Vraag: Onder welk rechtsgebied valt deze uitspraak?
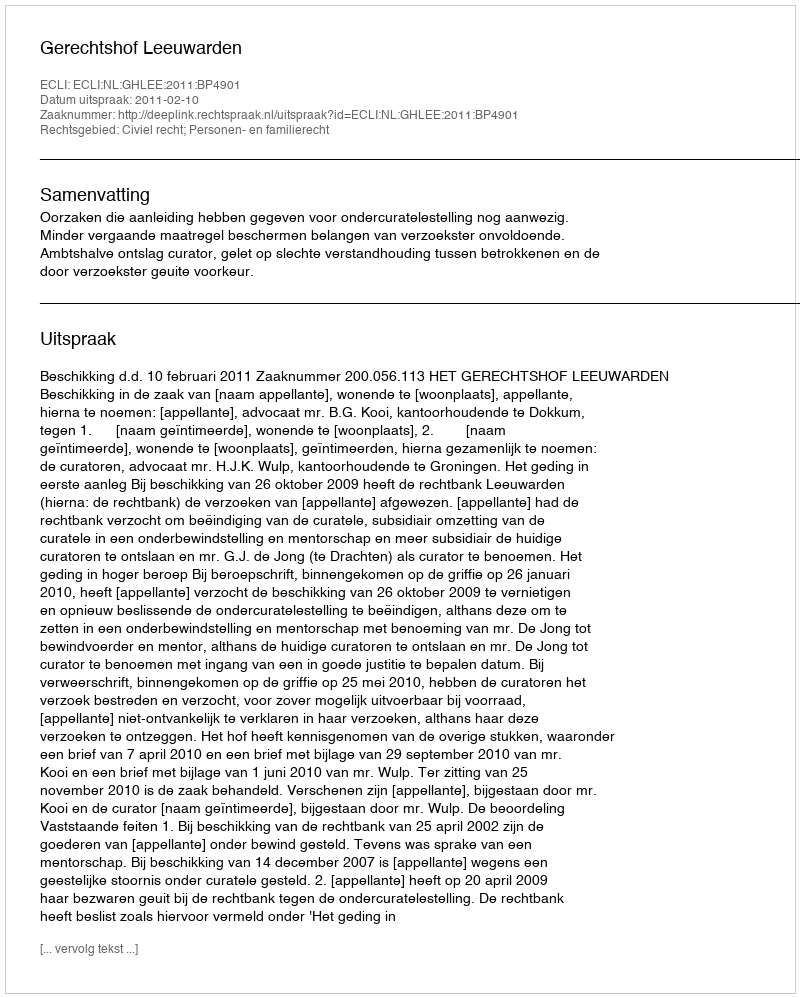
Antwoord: Civiel recht; Personen- en familierecht